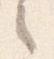
之